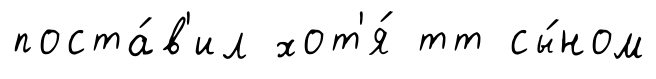
поста́в'ил хот'я́ тт сы́ном